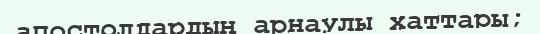
апостолдардың арнаулы хаттары;